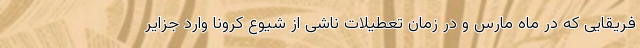
فریقایی که در ماه مارس و در زمان تعطیلات ناشی از شیوع کرونا وارد جزایر